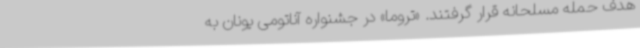
هدف حمله مسلحانه قرار گرفتند. «تروما» در جشنواره آناتومی یونان به